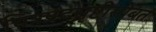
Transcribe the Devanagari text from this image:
चित्रपटसृष्टीसोबत